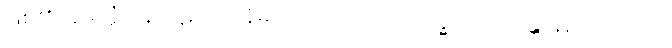
ဖြစ်၏။ နိမိတ္တံ ပန၊ ပဋိဘာဂနိမိတ်သည်ကား။ ဗဟိဒ္ဓါ၊ အပသန္တာန်၌။ ဟောတိ၊